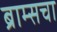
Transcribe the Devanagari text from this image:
ब्राम्सचा